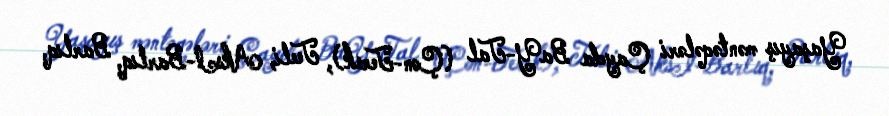
Yaşayış məntəqələri Çayda BaY-Tal (Çon-Terek), Teeli, AksI-Barlıq, Barlıq,